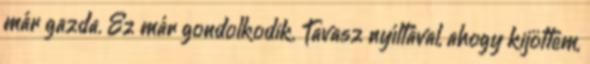
már gazda. Ez már gondolkodik. Tavasz nyíltával, ahogy kijöttem,